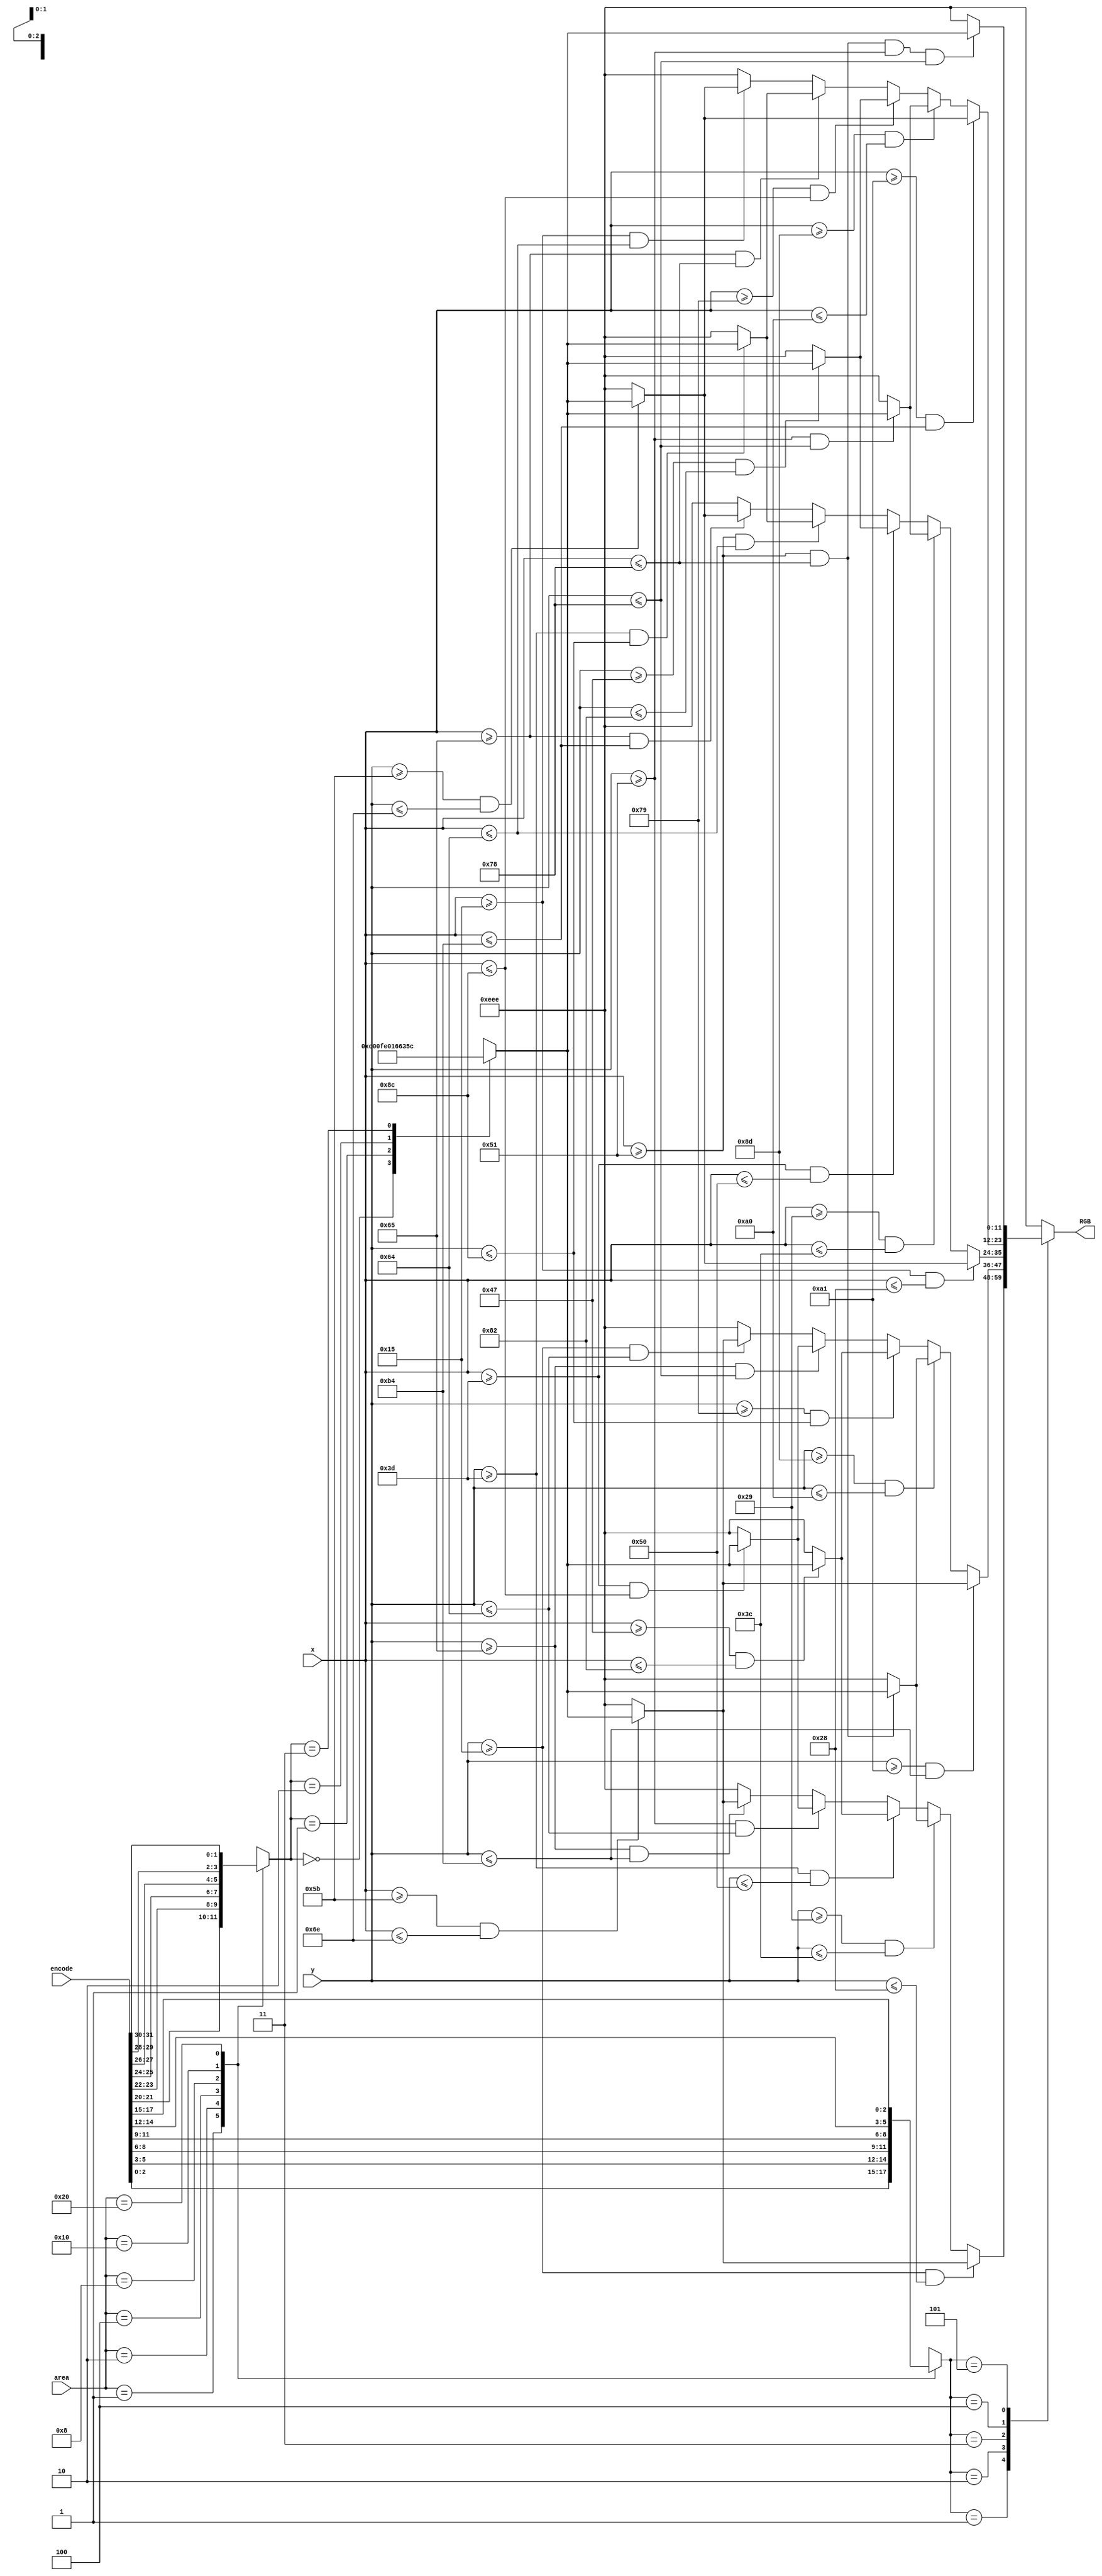
`define BACKGROUND 12'b1110_1110_1110
`define CYAN_RGB 12'b1100_0000_0000
`define VIOLET_RGB 12'b1111_1110_0000
`define DARK_BROWN_RGB 12'b0011_0101_1100
`define YELLOW_RGB 12'b0001_0110_0110

module VGAGetRGB(
	input [5:0]area,
	input [31:0]encode,
	input [9:0]x,
	input [9:0]y, //xy
	output reg [11:0]RGB
);

	reg [1:0]current_color;
	reg [2:0]current_shape;
	always @(*) begin
		case(area)
			6'b000001: begin
				current_shape = encode[2:0];
				current_color = encode[21:20];
			end
			6'b000010: begin
				current_shape = encode[5:3];
				current_color = encode[23:22];
			end
			6'b000100: begin
				current_shape = encode[8:6];
				current_color = encode[25:24];
			end
			6'b001000: begin
				current_shape = encode[11:9];
				current_color = encode[27:26];
			end
			6'b010000: begin
				current_shape = encode[14:12];
				current_color = encode[29:28];
			end
			6'b100000: begin
				current_shape = encode[17:15];
				current_color = encode[31:30];
			end
			default: begin
				current_shape = 3'bx;
				current_color = 2'bx;
			end
		endcase
	end

	reg [11:0]current_RGB;
	always @(*) begin
		case(current_color)
			2'b00: current_RGB = `CYAN_RGB;
			2'b01: current_RGB = `VIOLET_RGB;
			2'b10: current_RGB = `YELLOW_RGB;
			2'b11: current_RGB = `DARK_BROWN_RGB;
		endcase
	end

	always @(*) begin
		case(current_shape)
			3'b000: begin
				RGB = `BACKGROUND;
			end
			3'b001: begin
				if(y >= 21 && y <= 40) begin
					RGB = (x >= 91 && x <= 110)? current_RGB: `BACKGROUND;
				end else if(y >= 41 && y <= 60) begin
					RGB = (x >= 81 && x <= 120)? current_RGB: `BACKGROUND;
				end else if(y >= 61 && y <= 80) begin
					RGB = (x >= 71 && x <= 130)? current_RGB: `BACKGROUND;
				end else if(y >= 81 && y <= 100) begin
					RGB = (x >= 61 && x <= 140)? current_RGB: `BACKGROUND;
				end else if(y >= 101 && y <= 180) begin
					RGB = (x >= 91 && x <= 110)? current_RGB: `BACKGROUND;
				end else begin
					RGB = `BACKGROUND;
				end
			end
			3'b010: begin
				if(y >= 161 && y <= 180) begin
					RGB = (x >= 91 && x <= 110)? current_RGB: `BACKGROUND;
				end else if(y >= 141 && y <= 160) begin
					RGB = (x >= 81 && x <= 120)? current_RGB: `BACKGROUND;
				end else if(y >= 121 && y <= 140) begin
					RGB = (x >= 71 && x <= 130)? current_RGB: `BACKGROUND;
				end else if(y >= 101 && y <= 120) begin
					RGB = (x >= 61 && x <= 140)? current_RGB: `BACKGROUND;
				end else if(y >= 21 && y <= 100) begin
					RGB = (x >= 91 && x <= 110)? current_RGB: `BACKGROUND;
				end else begin
					RGB = `BACKGROUND;
				end
			end
			3'b011: begin
				if(x >= 21 && x <= 40) begin
					RGB = (y >= 91 && y <= 110)? current_RGB: `BACKGROUND;
				end else if(x >= 41 && x <= 60) begin
					RGB = (y >= 81 && y <= 120)? current_RGB: `BACKGROUND;
				end else if(x >= 61 && x <= 80) begin
					RGB = (y >= 71 && y <= 130)? current_RGB: `BACKGROUND;
				end else if(x >= 81 && x <= 100) begin
					RGB = (y >= 61 && y <= 140)? current_RGB: `BACKGROUND;
				end else if(x >= 101 && x <= 180) begin
					RGB = (y >= 91 && y <= 110)? current_RGB: `BACKGROUND;
				end else begin
					RGB = `BACKGROUND;
				end
			end
			3'b100: begin
				if(x >= 161 && x <= 180) begin
					RGB = (y >= 91 && y <= 110)? current_RGB: `BACKGROUND;
				end else if(x >= 141 && x <= 160) begin
					RGB = (y >= 81 && y <= 120)? current_RGB: `BACKGROUND;
				end else if(x >= 121 && x <= 140) begin
					RGB = (y >= 71 && y <= 130)? current_RGB: `BACKGROUND;
				end else if(x >= 101 && x <= 120) begin
					RGB = (y >= 61 && y <= 140)? current_RGB: `BACKGROUND;
				end else if(x >= 21 && x <= 100) begin
					RGB = (y >= 91 && y <= 110)? current_RGB: `BACKGROUND;
				end else begin
					RGB = `BACKGROUND;
				end
			end
			3'b101: begin
				if(x >= 81 && x <= 120 && y >= 81 && y <= 120) begin
					RGB = current_RGB;
				end else begin
					RGB = `BACKGROUND;
				end
			end
			default: begin
				RGB = `BACKGROUND;
			end
		endcase
	end
endmodule